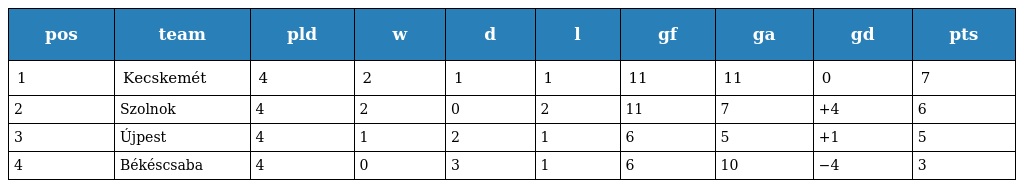
| pos | team | pld | w | d | l | gf | ga | gd | pts |
 | --- | --- | --- | --- | --- | --- | --- | --- | --- | --- |
 | 1 | Kecskemét | 4 | 2 | 1 | 1 | 11 | 11 | 0 | 7 |
 | 2 | Szolnok | 4 | 2 | 0 | 2 | 11 | 7 | +4 | 6 |
 | 3 | Újpest | 4 | 1 | 2 | 1 | 6 | 5 | +1 | 5 |
 | 4 | Békéscsaba | 4 | 0 | 3 | 1 | 6 | 10 | −4 | 3 |